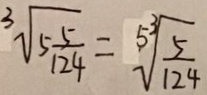
\sqrt [ 3 ] { 5 \frac { 5 } { 1 2 4 } } = \sqrt [ 5 ^ { 3 } ] { \frac { 5 } { 1 2 4 } }